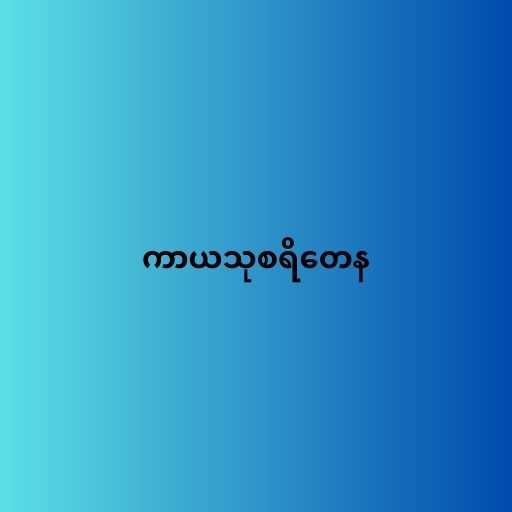
ကာယသုစရိတေန